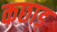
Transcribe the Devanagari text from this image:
कछाड़